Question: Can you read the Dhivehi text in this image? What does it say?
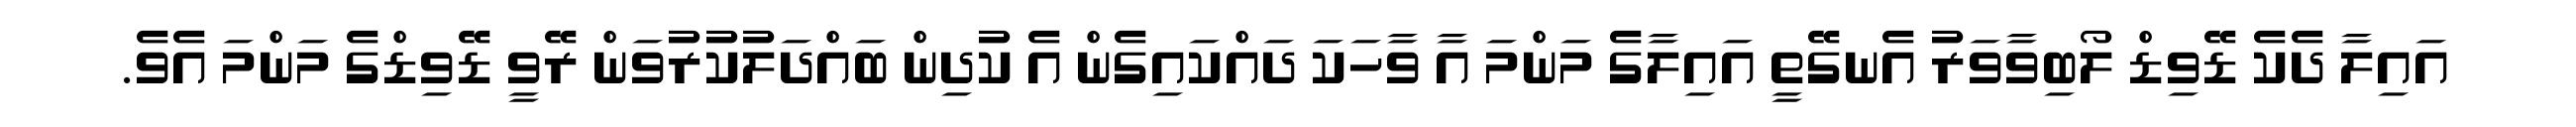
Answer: އައިލާ ދެކެ ޑޭވިޑް ލޯބިވާވަރު އެނގޭތީ އައިލާގެ މަންމަ އާ ވާހަކަ ދައްކައިގެން އެ ކުދިން ބައްދަލުކުރުވަން ރޭވީ ޑޭވިޑްގެ މަންމަ އެވެ.